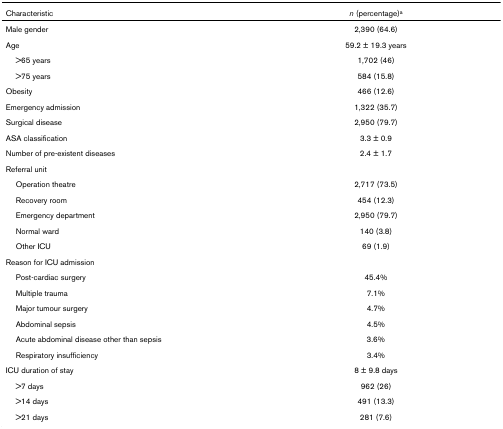
<table><thead><tr><td><b>Characteristic</b></td><td><b><i>n </i>(percentage)<sup>a </sup></b></td></tr></thead><tbody><tr><td>Male gender</td><td>2,390 (64.6)</td></tr><tr><td>Age</td><td>59.2 ± 19.3 years</td></tr><tr><td> &gt;65 years</td><td>1,702 (46)</td></tr><tr><td> &gt;75 years</td><td>584 (15.8)</td></tr><tr><td>Obesity</td><td>466 (12.6)</td></tr><tr><td>Emergency admission</td><td>1,322 (35.7)</td></tr><tr><td>Surgical disease</td><td>2,950 (79.7)</td></tr><tr><td>ASA classification</td><td>3.3 ± 0.9</td></tr><tr><td>Number of pre-existent diseases</td><td>2.4 ± 1.7</td></tr><tr><td>Referral unit</td><td></td></tr><tr><td> Operation theatre</td><td>2,717 (73.5)</td></tr><tr><td> Recovery room</td><td>454 (12.3)</td></tr><tr><td> Emergency department</td><td>2,950 (79.7)</td></tr><tr><td> Normal ward</td><td>140 (3.8)</td></tr><tr><td> Other ICU</td><td>69 (1.9)</td></tr><tr><td>Reason for ICU admission</td><td></td></tr><tr><td> Post-cardiac surgery</td><td>45.4%</td></tr><tr><td> Multiple trauma</td><td>7.1%</td></tr><tr><td> Major tumour surgery</td><td>4.7%</td></tr><tr><td> Abdominal sepsis</td><td>4.5%</td></tr><tr><td> Acute abdominal disease other than sepsis</td><td>3.6%</td></tr><tr><td> Respiratory insufficiency</td><td>3.4%</td></tr><tr><td>ICU duration of stay</td><td>8 ± 9.8 days</td></tr><tr><td> &gt;7 days</td><td>962 (26)</td></tr><tr><td> &gt;14 days</td><td>491 (13.3)</td></tr><tr><td> &gt;21 days</td><td>281 (7.6)</td></tr></tbody></table>